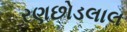
રણછોડલાલ